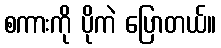
စကားကို ပိုကဲ ပြောတယ်။